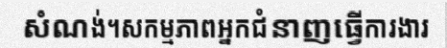
សំណង់។សកម្មភាពអ្នកជំនាញធ្វើការងារ